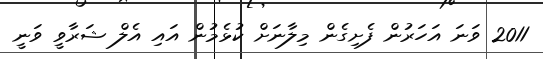
2011 ވަނަ އަހަރުން ފެށިގެން މިލާނަށް ކުޅެމުން އައި އެލް ޝަރާވީ ވަަނީ